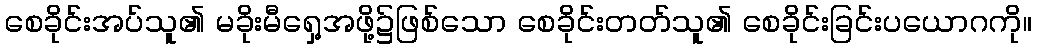
စေခိုင်းအပ်သူ၏ မခိုးမီရှေ့အဖို့၌ဖြစ်သော စေခိုင်းတတ်သူ၏ စေခိုင်းခြင်းပယောဂကို။